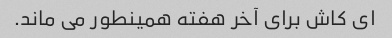
ای کاش برای آخر هفته همینطور می ماند.